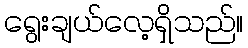
ရွေးချယ်လေ့ရှိသည်။